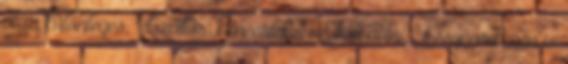
után különleges, "elszállós" koncerteket szokott adni. A csoportképen is